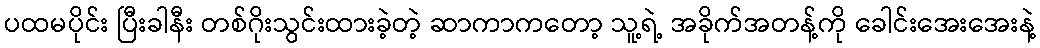
ပထမပိုင်း ပြီးခါနီး တစ်ဂိုးသွင်းထားခဲ့တဲ့ ဆာကာကတော့ သူ့ရဲ့ အခိုက်အတန့်ကို ခေါင်းအေးအေးနဲ့